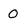
Character: O